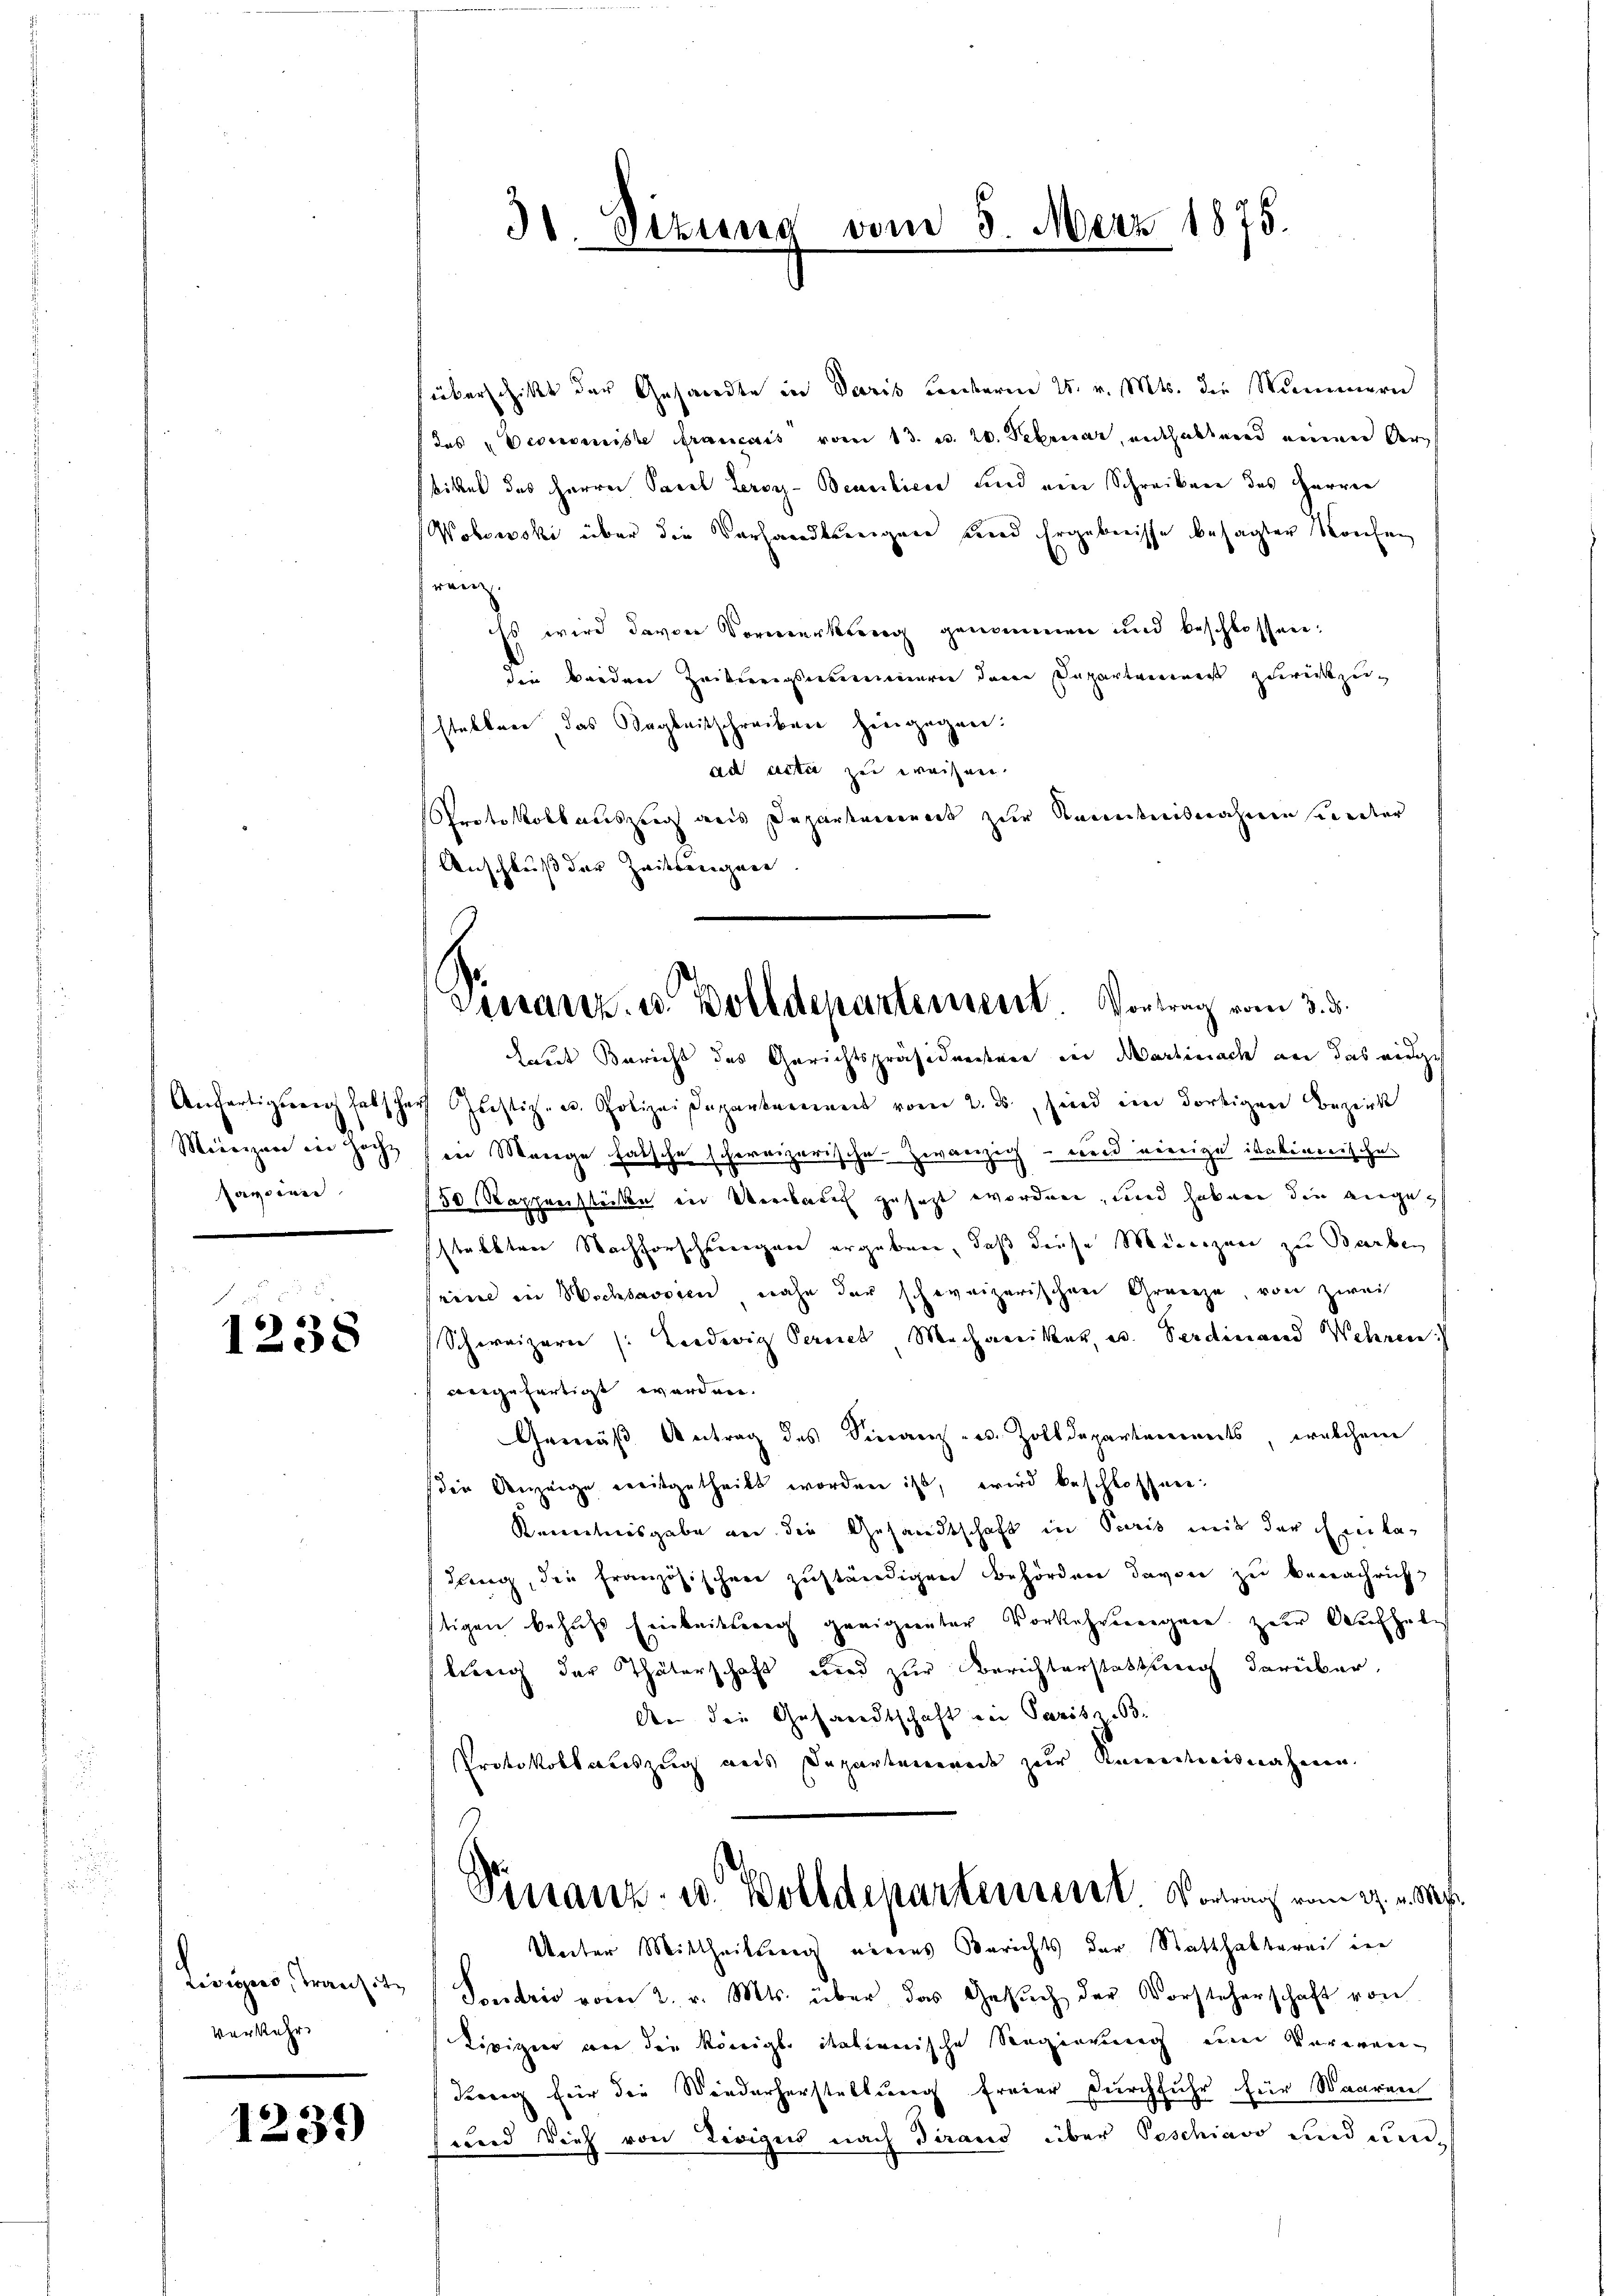
Pavoir

5
1238

Verkehr

1239

überschickt der Gesandte in Paris unterm 25. v. Mts. die Summern
das Vereiniste Francais vom 13. u. 20. Februar, enthaltend einen Verbittel des Herren Pacel Leroy-Beambiere und ein Schreiben des Herren
Wobowski über die Vorhandlereigen und Ergebnisse besagter Raufen
renz.
iss wird davon Vormerkung genommen und beschlossen:
d. Beiden Zeitweigsammern deren Departenmeist zurückzustellen das Sagbeitschreiben hingegen:
ad actis zu weisen.
Protokoll auszug aus Departement zur Kenntnisnahmen sonder
Anschluß der Zwitterigern.
dende Bericht des Gerichtspräsidendenen in Martinache an das eidg
Anfertigerech Habscharf Justiz- u. Polizei Japankamment vom 2. ds., sind im dortigen Bezirk
Meinigen in Hoch in Mange falsche schweizerische Zwanzig und vierige istabinerische
150 Rappenstücken in Verdaun gesetzt worden, und haben die angez
starkten Nachforschwiegen ergeben, daß diese Meneigen zu Barben
eine in Wichsavsien nahe der schweizerischen Grenze von zwei
Schweizern (Ludwig Serieb Mechaniker, u. Verdinand Wehren.
angefertigt werden.
Gemäß Antrag des Finanz- u. Zolldepartements, welchem
die Anzeige weitgetheilt worden ist, wird beschlossen:
Kenntnisgabe an die Gesandtschaft in Paris mit der Einladung, die französischen zuständigen Behörden davon zu bewachricht
stigen behufs Einbeitserg geeigneter Vorkehrungen zur Aufhallung der Thäterschaft und zur Berichterstattung darüber,
An der Gesandtschaft ein Paris B.
Protokollauszug aus Departemenade zur Kenntnisnahme.
Pinanz- u. Wolldepartement. Vortrag vom 27. v. Ms.
Unter Mittheilung nirens Berichts der Statthalterei in
Livius, Transte Sentio vom 2. v. Mts. über das Gesŭch der Vorsteherschaft von
Lipizier von die Königl. italienische Seegierung eine Vereren
Keeg für die Wiederherstellung freier Durchfuhr für Waaren
und dies von Zeigus nach diraud über Poschiavo und um¬

31. Sizung

vom 3. März 1875.

Dessantz u. Bolldepartement. Vortrag vom 3. d.